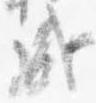
盛